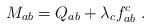
LaTeX: \begin{align*}M_{ab}=Q_{ab}+\lambda_{c}f_{ab}^{c}\,\,.\end{align*}